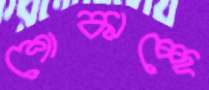
শোকাচ্ছে